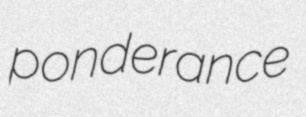
ponderance